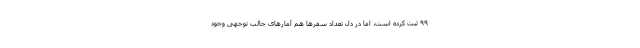
۹۹ ثبت کرده است، اما در دل تعداد سفرها هم آمارهای جالب توجهی وجود